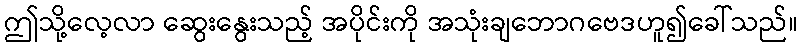
ဤသို့လေ့လာ ဆွေးနွေးသည့် အပိုင်းကို အသုံးချဘောဂဗေဒဟူ၍ခေါ်သည်။